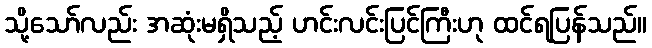
သို့သော်လည်း အဆုံးမရှိသည့် ဟင်းလင်းပြင်ကြီးဟု ထင်ရပြန်သည်။